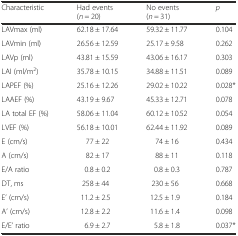
<table><thead><tr><td><b>Characteristic</b></td><td><b>Had events (<i>n</i> = 20)</b></td><td><b>No events (<i>n</i> = 31)</b></td><td><b><i>p</i></b></td></tr></thead><tbody><tr><td>LAVmax (ml)</td><td>62.18 ± 17.64</td><td>59.32 ± 11.77</td><td>0.104</td></tr><tr><td>LAVmin (ml)</td><td>26.56 ± 12.59</td><td>25.17 ± 9.58</td><td>0.262</td></tr><tr><td>LAVp (ml)</td><td>43.81 ± 15.59</td><td>43.06 ± 16.17</td><td>0.303</td></tr><tr><td>LAI (ml/m<sup>2</sup>)</td><td>35.78 ± 10.15</td><td>34.88 ± 11.51</td><td>0.089</td></tr><tr><td>LAPEF (%)</td><td>25.16 ± 12.26</td><td>29.02 ± 10.22</td><td>0.028*</td></tr><tr><td>LAAEF (%)</td><td>43.19 ± 9.67</td><td>45.33 ± 12.71</td><td>0.078</td></tr><tr><td>LA total EF (%)</td><td>58.06 ± 11.04</td><td>60.12 ± 10.52</td><td>0.054</td></tr><tr><td>LVEF (%)</td><td>56.18 ± 10.01</td><td>62.44 ± 11.92</td><td>0.089</td></tr><tr><td>E (cm/s)</td><td>77 ± 22</td><td>74 ± 16</td><td>0.434</td></tr><tr><td>A (cm/s)</td><td>82 ± 17</td><td>88 ± 11</td><td>0.118</td></tr><tr><td>E/A ratio</td><td>0.8 ± 0.2</td><td>0.8 ± 0.3</td><td>0.787</td></tr><tr><td>DT, ms</td><td>258 ± 44</td><td>230 ± 56</td><td>0.668</td></tr><tr><td>E’ (cm/s)</td><td>11.2 ± 2.5</td><td>12.5 ± 1.9</td><td>0.184</td></tr><tr><td>A’ (cm/s)</td><td>12.8 ± 2.2</td><td>11.6 ± 1.4</td><td>0.098</td></tr><tr><td>E/E’ ratio</td><td>6.9 ± 2.7</td><td>5.8 ± 1.8</td><td>0.037*</td></tr></tbody></table>